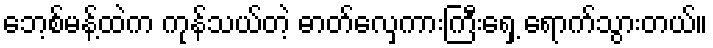
ဘေ့စ်မန့်ထဲက ကုန်သယ်တဲ့ ဓာတ်လှေကားကြီးရှေ့ ရောက်သွားတယ်။